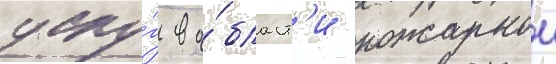
услу́г в о́бласт'и пожарнои